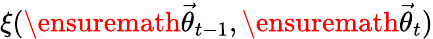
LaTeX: \xi(\ensuremath{\vec{\theta}}_{t-1},\ensuremath{\vec{\theta}}_{t})